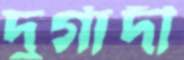
দুর্গাদী